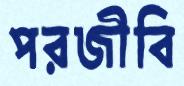
পরজীবি